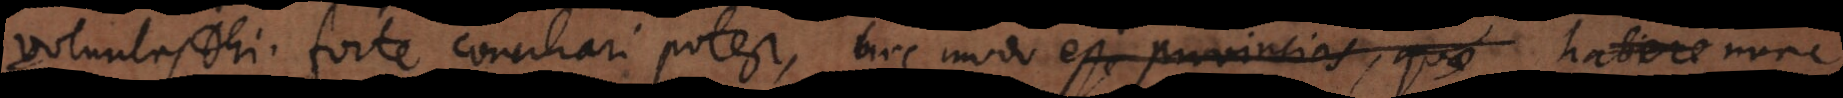
voluntas Dei. Forte conciliari potest, hoc modo esse provincias, quae habere nunc